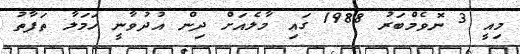
މިއީ 3 ނޮވެމްބަރު 1988 ގައި މާލެއަށް ދިން އުދުވާނީ ހަމަލާ ތަފާތު